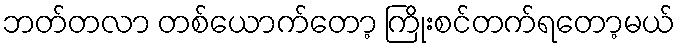
ဘတ်တလာ တစ်ယောက်တော့ ကြိုးစင်တက်ရတော့မယ်